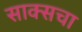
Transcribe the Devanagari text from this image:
साक्सचा